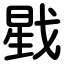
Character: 戥